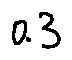
0 . 3